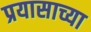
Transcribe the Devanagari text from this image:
प्रयासाच्या